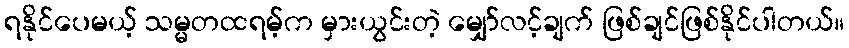
ရနိုင်ပေမယ့် သမ္မတထရမ့်က မှားယွင်းတဲ့ မျှော်လင့်ချက် ဖြစ်ချင်ဖြစ်နိုင်ပါတယ်။